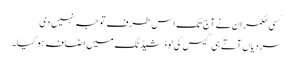
کسی حکمران نے آج تک اس طرف توجہ نہیں دی
سردیاں آتے ہی گیس کی لوڈشیڈنگ میں اضافہ ہو گیا۔